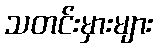
သတင်းမှားများ